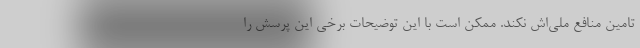
تامین منافع ملی‌اش نکند. ممکن است با این توضیحات برخی این پرسش را